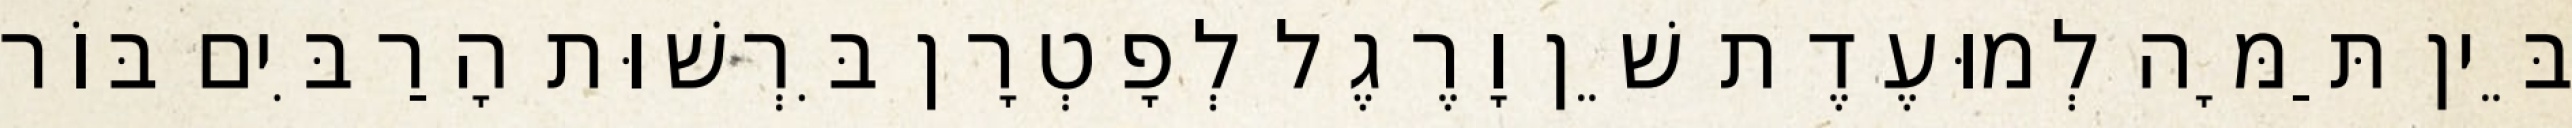
בֵּין תַּמָּה לְמוּעֶדֶת שֵׁן וָרֶגֶל לְפָטְרָן בִּרְשׁוּת הָרַבִּים בּוֹר